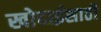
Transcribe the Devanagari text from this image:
खोदाईसाठी